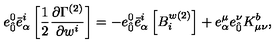
{ e } _ { \hat { 0 } } ^ { 0 } { \bar { e } } _ { \alpha } ^ { i } \left[ \frac { 1 } { 2 } \frac { \partial \Gamma ^ { ( 2 ) } } { \partial w ^ { i } } \right] = - { e } _ { \hat { 0 } } ^ { 0 } { \bar { e } } _ { \alpha } ^ { i } \left[ B _ { i } ^ { w ( 2 ) } \right] + { e } _ { \alpha } ^ { \mu } { e } _ { \hat { 0 } } ^ { \nu } K _ { \mu \nu } ^ { b } ,